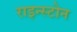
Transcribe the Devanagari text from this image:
राइन्स्टोन